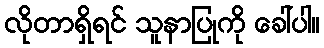
လိုတာရှိရင် သူနာပြုကို ခေါ်ပါ။